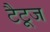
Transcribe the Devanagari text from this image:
टैटूज